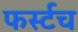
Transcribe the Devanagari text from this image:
फर्स्टच